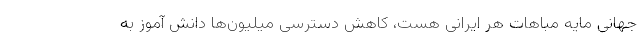
جهانی مایه مباهات هر ایرانی هست، کاهش دسترسی میلیون‌ها دانش آموز به